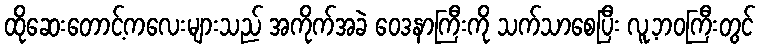
ထိုဆေးတောင့်ကလေးများသည် အကိုက်အခဲ ဝေဒနာကြီးကို သက်သာစေပြီး လူ့ဘဝကြီးတွင်